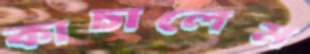
কাচালেম